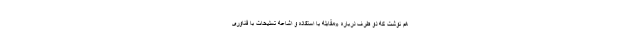
هم نوشت که دو طرف درباره «مقابله با استفاده و اشاعه تسلیحات با فناوری